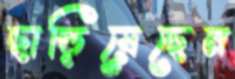
ছাড়িয়েছেন